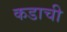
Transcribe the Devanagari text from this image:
कडाची